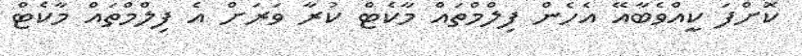
ކޮށްފަ ކީއްވެބާއޭ އެހެން ފިލްމްތައް މާކެޓް ކުރާ ވަރަށް އެ ފިލްމްތައް މާކެޓް